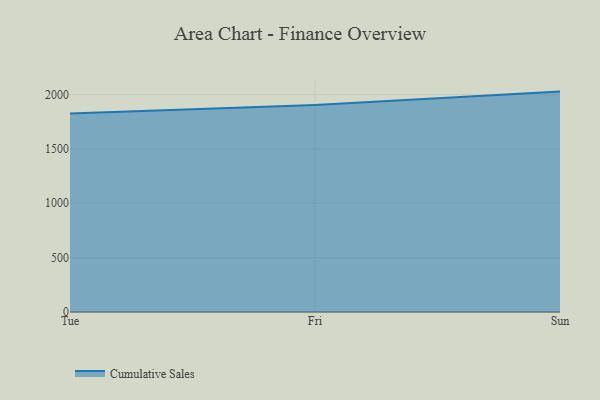
{"axis": {"x": "Day", "y": "LTV (USD)"}, "legend": ["Cumulative Sales"], "data": [{"x": "Tue", "y": 1825.2, "type": "Cumulative Sales"}, {"x": "Fri", "y": 1904.6, "type": "Cumulative Sales"}, {"x": "Sun", "y": 2027.5, "type": "Cumulative Sales"}]}